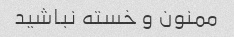
ممنون و خسته نباشید